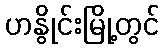
ဟနွိုင်းမြို့တွင်